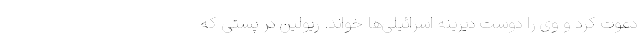
دعوت کرد و وی را دوست دیرینه اسرائیلی‌ها خواند. ریولین در پستی که